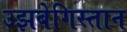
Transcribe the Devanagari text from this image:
उझबेगिस्तान